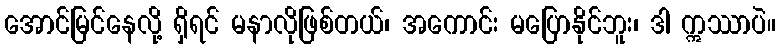
အောင်မြင်နေလို့ ရှိရင် မနာလိုဖြစ်တယ်၊ အကောင်း မပြောနိုင်ဘူး၊ ဒါ ဣဿာပဲ။